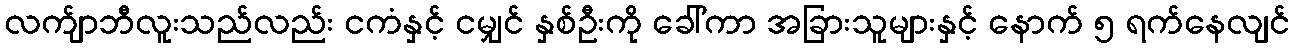
လက်ျာဘီလူးသည်လည်း ငကံနှင့် ငမျှင် နှစ်ဦးကို ခေါ်ကာ အခြားသူများနှင့် နောက် ၅ ရက်နေလျင်